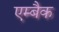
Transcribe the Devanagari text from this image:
एम्बैक